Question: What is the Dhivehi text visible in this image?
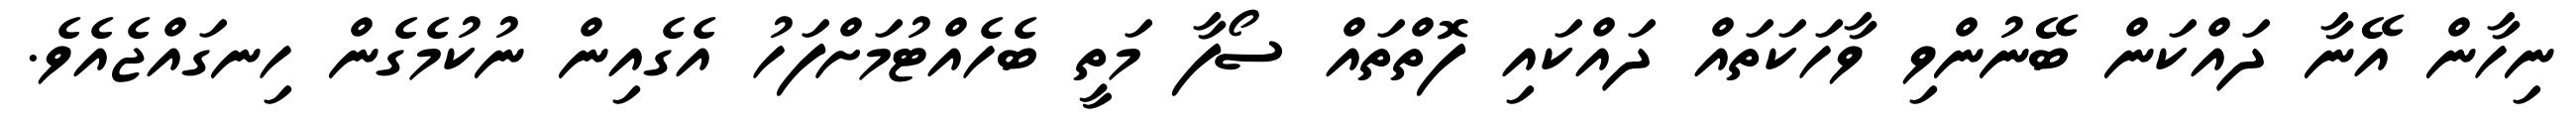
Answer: ނިހާން އޭނާ ދައްކަން ބޭނުންވި ވާހަކަތައް ދައްކައި ފޮތްތައް ސޯފާ މަތީ ބެހެއްޓުމަށްފަހު އެގެއިން ނުކުމެގެން ހިނގައްޖެއެވެ.